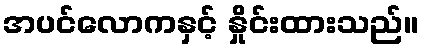
အပင်လောကနှင့် နှိုင်းထားသည်။